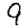
Digit: 9